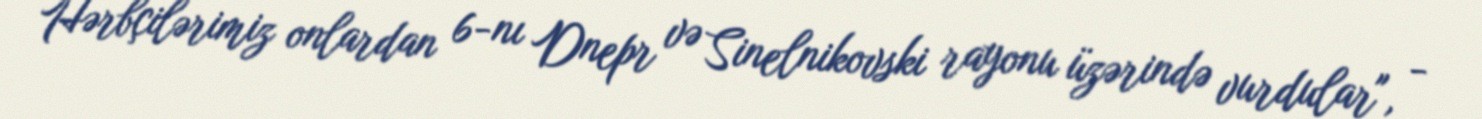
Hərbçilərimiz onlardan 6-nı Dnepr və Sinelnikovski rayonu üzərində vurdular", -